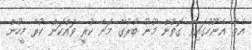
އެވެ. އެނޫހުގައިވާ ގޮތުން މޫނު ބުރުގާ މަނާ ކުރީ ވައްކަން ކުރާ މީހުން